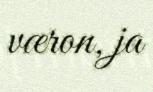
væron, ja